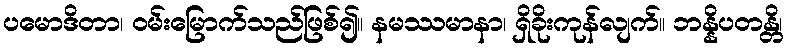
ပမောဒိတာ၊ ဝမ်းမြောက်သည်ဖြစ်၍။ နမဿမာနာ၊ ရှိခိုးကုန်လျက်။ ဘန္နိပတန္တိ၊